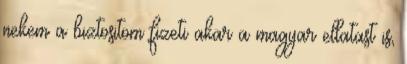
nekem a biztositom fizeti akar a magyar ellatast is,